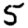
Digit: 5